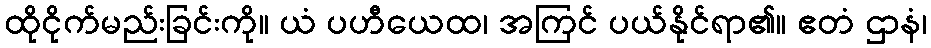
ထိုငိုက်မည်းခြင်းကို။ ယံ ပဟီယေထ၊ အကြင် ပယ်နိုင်ရာ၏။ ဧတံ ဌာနံ၊